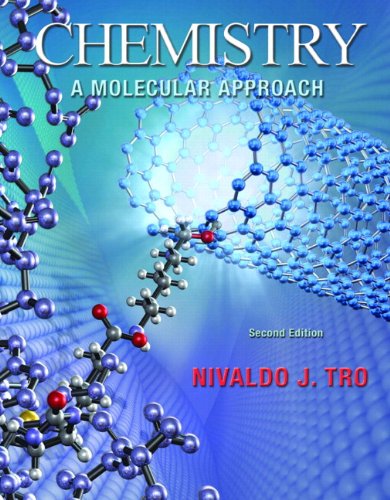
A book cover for Chemistry: A Molecular Approach with MasteringChemistryÂ® Access Code (2nd Edition) (MasteringChemistry Series); Nivaldo J. Tro; Science & Math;